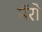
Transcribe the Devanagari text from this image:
मॅरो